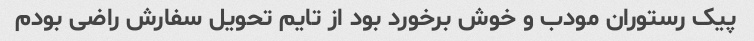
پیک رستوران مودب و خوش برخورد بود از تایم تحویل سفارش راضی بودم